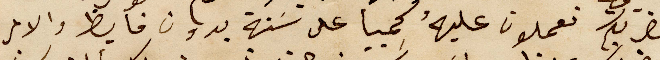
حضرتكم تعملون عليهُ كمبيا على سَنة بدون فايظ والامر